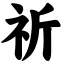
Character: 祈